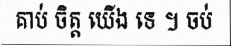
គាប់ ចិត្ត យើង ទេ ។ ចប់